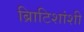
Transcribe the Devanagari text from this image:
ब्रिाटिशांशी